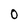
Character: 0